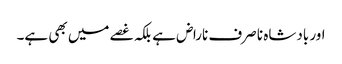
اور بادشاہ نا صرف ناراض ہے بلکہ غصے میں بھی ہے۔